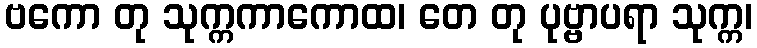
ဗကော တု သုက္ကကာကောထ၊ တေ တု ပုဗ္ဗာပရာ သုက္က၊